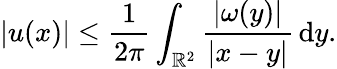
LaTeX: |u(x)|\leq\frac{1}{2\pi}\int_{\mathbb{R}^{2}}\frac{|\omega(y)|}{|x-y|}\, \mathrm{d}y.